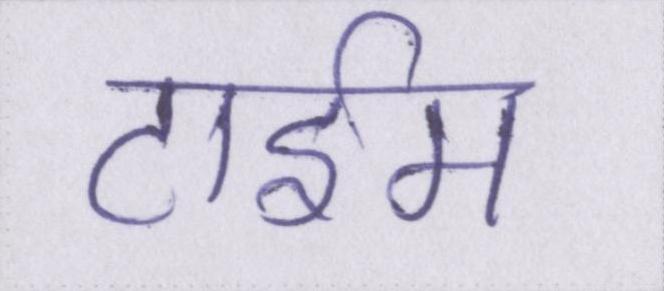
टाईम